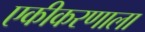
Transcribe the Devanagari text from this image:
एकीकरणाला